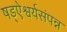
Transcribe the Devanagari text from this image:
षड्ऐश्वर्यसंपन्न